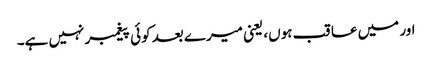
اور میں عاقب ہوں، یعنی میرے بعد کوئی پیغمبر نہیں ہے۔